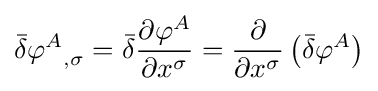
{\bar {\delta }}{\varphi ^{A}}_{,\sigma }={\bar {\delta }}{\frac {\partial \varphi ^{A}}{\partial x^{\sigma }}}={\frac {\partial }{\partial x^{\sigma }}}\left({\bar {\delta }}\varphi ^{A}\right)